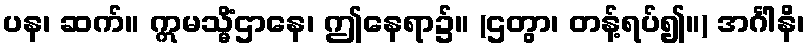
ပန၊ ဆက်။ ဣမသ္မိံဌာနေ၊ ဤနေရာ၌။ (ဌတွာ၊ တန့်ရပ်၍။) အင်္ဂါနိ၊